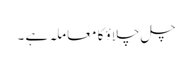
چل چلاؤ کا معاملہ ہے ۔